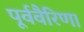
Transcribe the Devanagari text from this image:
पूर्ववैरिणा